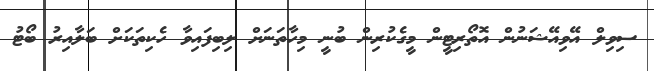
ސިވިލް އޭވިއޭޝަނުން އޮތޯރިޓީން މީގެކުރިން ބުނީ މިހާތަނަށް ލިބިފައިވާ ހެކިތަކަށް ބަލާއިރު ބޯޓު